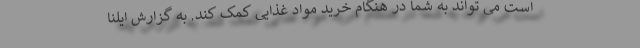
است می تواند به شما در هنگام خرید مواد غذایی کمک کند. به گزارش ایلنا